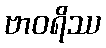
ဗာဝရိဿ